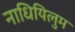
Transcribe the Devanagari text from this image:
नाधियिलुम